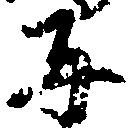
子